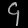
Digit: ၄